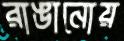
রাঙানোয়